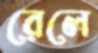
রেলে